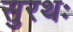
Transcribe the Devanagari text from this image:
सुरथः